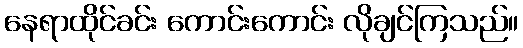
နေရာထိုင်ခင်း ကောင်းကောင်း လိုချင်ကြသည်။